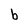
Character: b